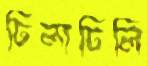
ঢিলাঢিলি